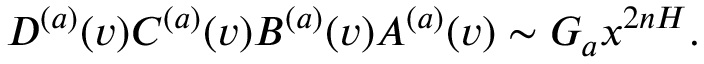
D ^ { ( a ) } ( v ) C ^ { ( a ) } ( v ) B ^ { ( a ) } ( v ) A ^ { ( a ) } ( v ) \sim G _ { a } x ^ { 2 n H } .